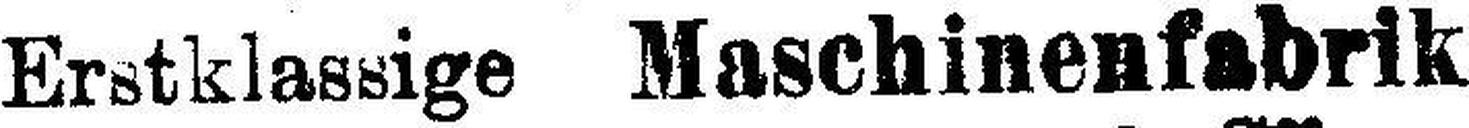
Erstklassige Maschinenfabrik